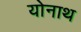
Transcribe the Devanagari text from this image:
योनाथ